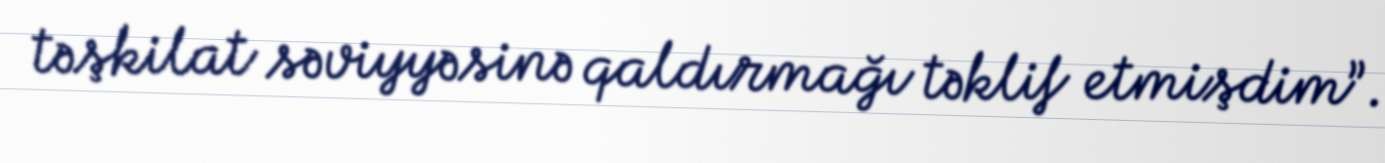
təşkilat səviyyəsinə qaldırmağı təklif etmişdim”.